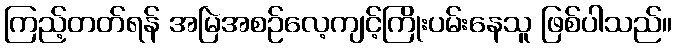
ကြည့်တတ်ရန် အမြဲအစဉ်လေ့ကျင့်ကြိုးပမ်းနေသူ ဖြစ်ပါသည်။